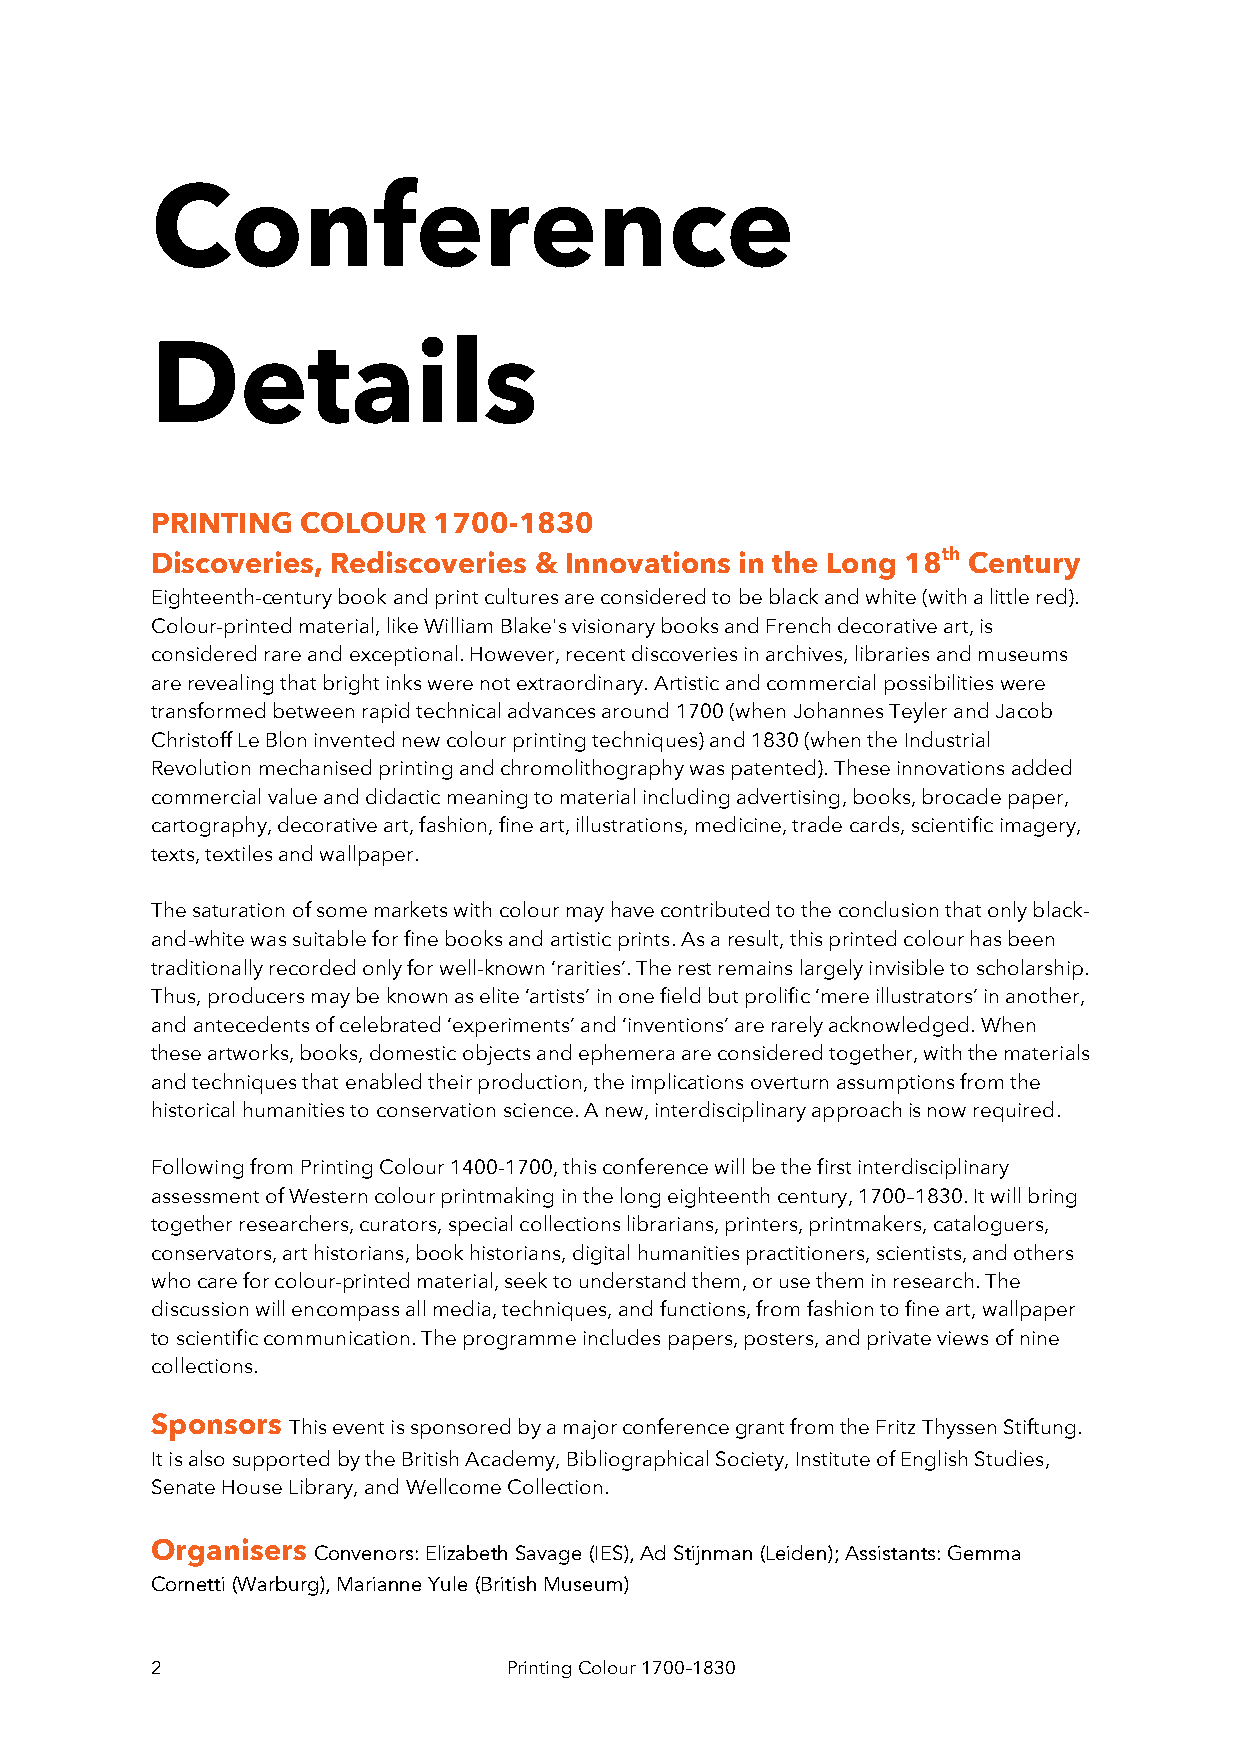
Conference
 Details
 PRINTING  COLOUR   1700-1830
 th
 Discoveries, Rediscoveries & Innovations in the Long 18 Century
 Eighteenth-century book and print cultures are considered to be black and white (with a little red).
 Colour-printed material, like William Blake's visionary books and French decorative art, is
 considered rare and exceptional. However, recent discoveries in archives, libraries and museums
 are revealing that bright inks were not extraordinary. Artistic and commercial possibilities were
 transformed between rapid technical advances around 1700 (when Johannes Teyler and Jacob
 Christoff Le Blon invented new colour printing techniques) and 1830 (when the Industrial
 Revolution mechanised printing and chromolithography was patented). These innovations added
 commercial value and didactic meaning to material including advertising, books, brocade paper,
 cartography, decorative art, fashion, fine art, illustrations, medicine, trade cards, scientific imagery,
 texts, textiles and wallpaper.
 The saturation of some markets with colour may have contributed to the conclusion that only black-
 and-white was suitable for fine books and artistic prints. As a result, this printed colour has been
 traditionally recorded only for well-known ‘rarities’. The rest remains largely invisible to scholarship.
 Thus, producers may be known as elite ‘artists’ in one field but prolific ‘mere illustrators’ in another,
 and antecedents of celebrated ‘experiments’ and ‘inventions’ are rarely acknowledged. When
 these artworks, books, domestic objects and ephemera are considered together, with the materials
 and techniques that enabled their production, the implications overturn assumptions from the
 historical humanities to conservation science. A new, interdisciplinary approach is now required.
 Following from Printing Colour 1400-1700, this conference will be the first interdisciplinary
 assessment of Western colour printmaking in the long eighteenth century, 1700–1830. It will bring
 together researchers, curators, special collections librarians, printers, printmakers, cataloguers,
 conservators, art historians, book historians, digital humanities practitioners, scientists, and others
 who care for colour-printed material, seek to understand them, or use them in research. The
 discussion will encompass all media, techniques, and functions, from fashion to fine art, wallpaper
 to scientific communication. The programme includes papers, posters, and private views of nine
 collections.
 Sponsors This event is sponsored by a major conference grant from the Fritz Thyssen Stiftung.
 It is also supported by the British Academy, Bibliographical Society, Institute of English Studies,
 Senate House Library, and Wellcome Collection.
 Organisers Convenors: Elizabeth Savage (IES), Ad Stijnman (Leiden); Assistants: Gemma
 Cornetti (Warburg), Marianne Yule (British Museum)
 2                       Printing Colour 1700–1830